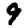
Digit: 9